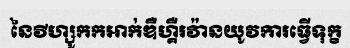
នៃវីហ្សូកកអាក់ឌឺហ្គឺរវ៉ានយូវការធ្វើទុក្ខ